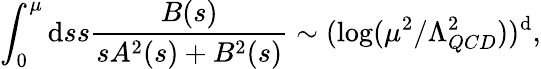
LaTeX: \int_{0}^{\mu}\mathrm{d}ss\frac{{B(s)}}{{sA^{2}(s)+B^{2}(s)}}\sim(\log(\mu^{2}/\Lambda_{QCD}^{2}))^{\mathrm{d}},